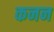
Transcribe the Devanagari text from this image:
कनन